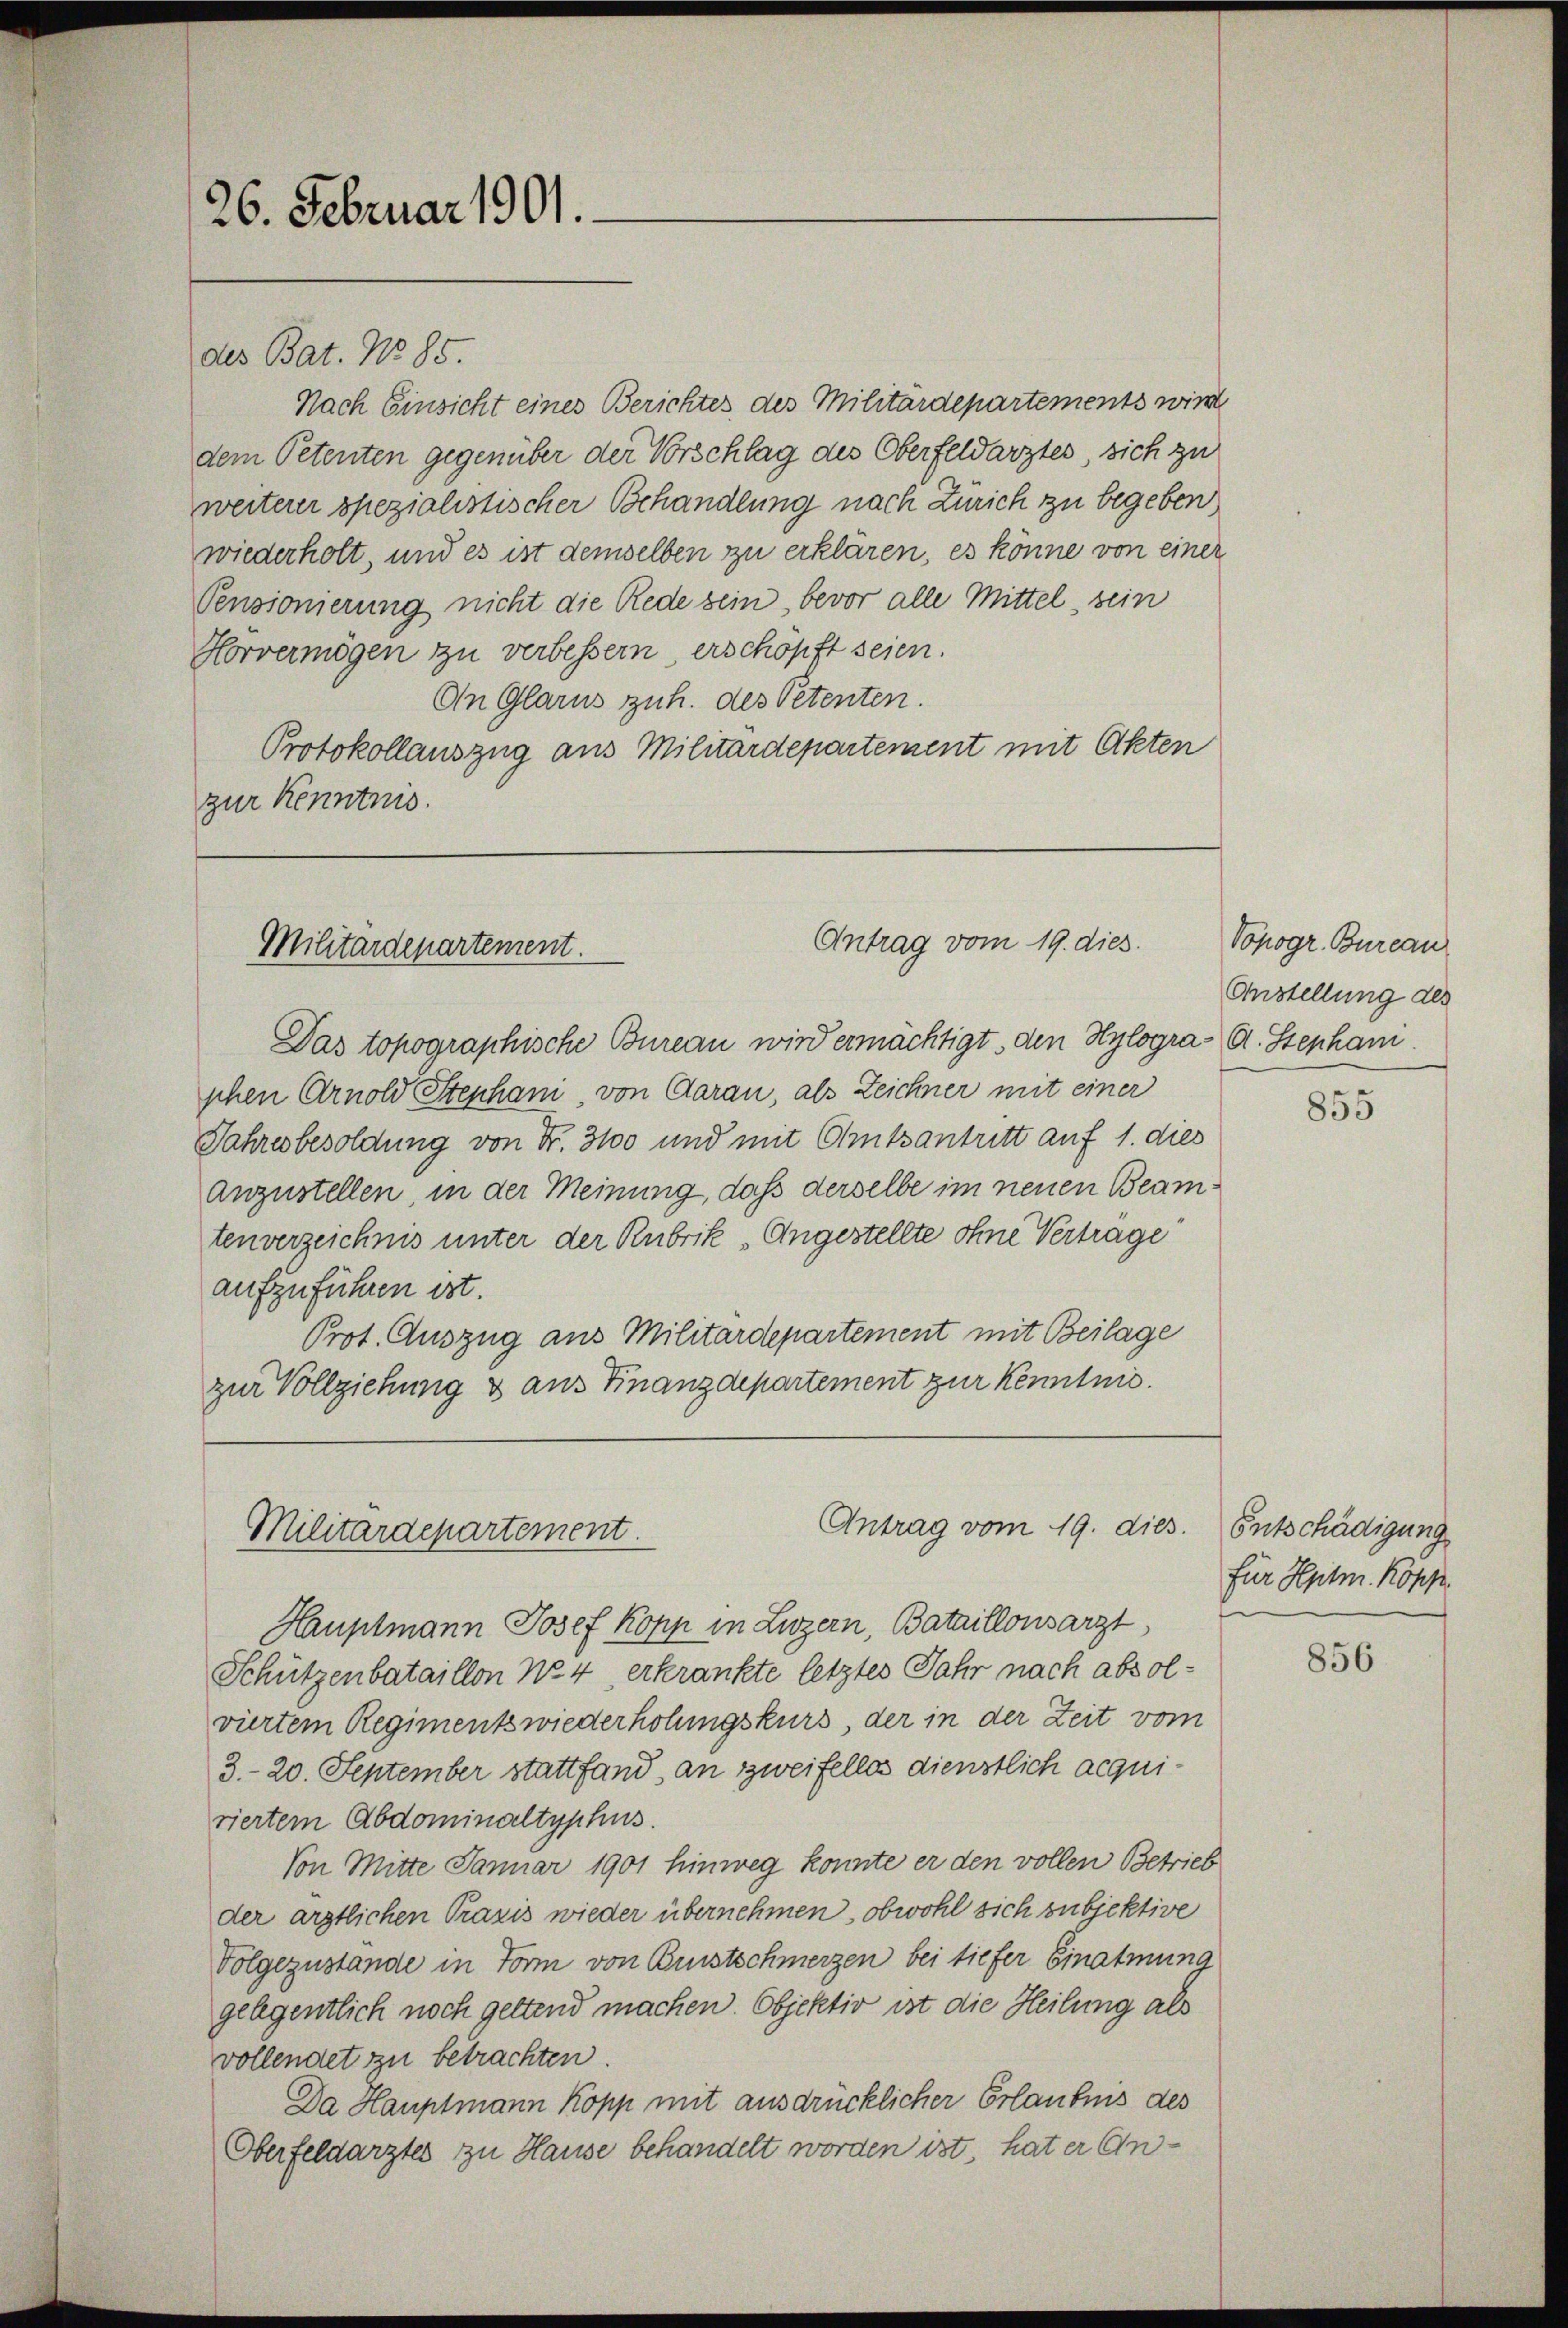
26. Februar 1901.

des Bat. No 85.
Nach Einsicht eines Berichtes des Militärdepartements wird
dem Petenten gegenüber der Vorschlag des Oberfeldarztes, sich zu
weiterer spezialistischer Behandlung nach Zürich zu begeben
wiederholt, und es ist demselben zu erklären, es könne von einer
Pensionierung nicht die Rede sein, bevor alle Mittel sein
Horvermögen zu verbessern, erschöpft seien.
An Glarus zuh. des Petenten.
Protokollauszug aus Militärdepartement mit Akten
zur Kenntnis.

Antrag vom 19. dies
Militärdepartement.

Das topographische Bureau wird ermächtigt, den Hylographen Arnold Stenham, von Caran, als Zeichner mit einer
Jahresbesoldung von Fr. 3100 und mit Amtsantritt auf 1. dies
anzustellen, in der Meinung, daß derselbe im neuen Beamtenverzeichnis unter der Rubrik „Angestellte ohne Vertrage
aufzuführen ist.
Prot. Auszug aus Militärdepartement mit Beilage
zur Vollziehung & aus Finanzdepartement zur Kenntnis.

Antrag vom 19. dies
Militärdepartement.

Hauptmann Josef Kopp in Luzern, Bataillonsarzt
Schützenbataillon No 4 erkrankte letztes Jahr nach absolviertem Regiments wiederholungskurs, der in der Zeit vom
3.- 20. September stattfand, an zweifellos dienstlich acquiriertem Abdominaltyphus.
Von Mitte Januar 1901 hinweg konnte er den vollen Betrieb
der ärztlichen Praxis wieder übernehmen, obwohl sich subjektive
Volgezustande in Form von Burstschmerzen bei tiefer Einatmung
gelegentlich noch geltend machen. Objektiv ist die Heilung als
vollendet zu betrachten.
Da Hauptmann Kopp mit ausdrücklicher Erlaubnis des
Oberfeldarztes zu Hause behandelt worden ist, hat er An¬

Vopogr. Bureau
Anstellung des
A. Stepham.

855

Entschädigung
für Hptm. Kopp

856